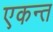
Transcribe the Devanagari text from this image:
एकन्त